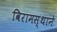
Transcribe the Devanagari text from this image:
विरामस्थाने